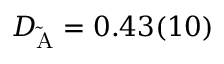
D _ { \mathrm { \tilde { A } } } = 0 . 4 3 ( 1 0 )